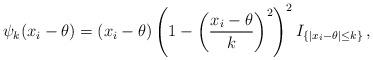
LaTeX: \begin{align*}\psi_k (x_i- \theta) = (x_i - \theta)\left(1 - \left(\frac{x_i-\theta}{k}\right)^2\right)^2 I_{\{|x_i-\theta| \leq k\}} \,,\end{align*}